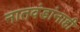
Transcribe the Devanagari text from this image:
नातवंडांनाही